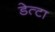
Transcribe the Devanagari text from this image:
डेत्टा